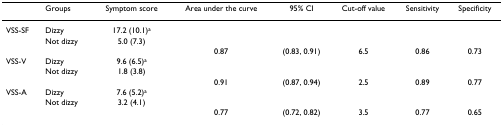
<table><thead><tr><td></td><td><b>Groups</b></td><td><b>Symptom score</b></td><td><b>Area under the curve</b></td><td><b>95% CI</b></td><td><b>Cut-off value</b></td><td><b>Sensitivity</b></td><td><b>Specificity</b></td></tr></thead><tbody><tr><td>VSS-SF</td><td>Dizzy</td><td>17.2 (10.1)<sup>a</sup></td><td></td><td></td><td></td><td></td><td></td></tr><tr><td></td><td>Not dizzy</td><td>5.0 (7.3)</td><td></td><td></td><td></td><td></td><td></td></tr><tr><td></td><td></td><td></td><td>0.87</td><td>(0.83, 0.91)</td><td>6.5</td><td>0.86</td><td>0.73</td></tr><tr><td>VSS-V</td><td>Dizzy</td><td>9.6 (6.5)<sup>a</sup></td><td></td><td></td><td></td><td></td><td></td></tr><tr><td></td><td>Not dizzy</td><td>1.8 (3.8)</td><td></td><td></td><td></td><td></td><td></td></tr><tr><td></td><td></td><td></td><td>0.91</td><td>(0.87, 0.94)</td><td>2.5</td><td>0.89</td><td>0.77</td></tr><tr><td>VSS-A</td><td>Dizzy</td><td>7.6 (5.2)<sup>a</sup></td><td></td><td></td><td></td><td></td><td></td></tr><tr><td></td><td>Not dizzy</td><td>3.2 (4.1)</td><td></td><td></td><td></td><td></td><td></td></tr><tr><td></td><td></td><td></td><td>0.77</td><td>(0.72, 0.82)</td><td>3.5</td><td>0.77</td><td>0.65</td></tr></tbody></table>